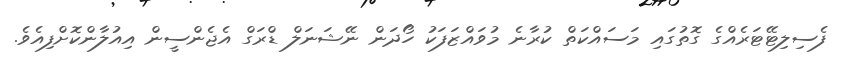
ފެސިލިޓޭޓަރެއްގެ ގޮތުގައި މަސައްކަތް ކުރާނެ މުވައްޒަފަކު ހޯދަން ނޭޝަނަލް ޑްރަގް އެޖެންސީން އިއުލާންކޮށްފިއެވެ.